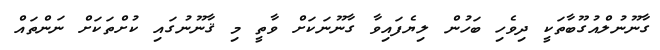
ގާނޫނުލްއުގޫބާތަކީ ދިވެހި ބަހުން ލިޔެފައިވާ ގާނޫނަކަށް ވާތީ މި ޤާނޫނުގައި ކުށްތަކަށް ނަންތައް